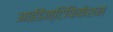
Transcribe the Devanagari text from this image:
आईडेन्टिफिकेशन